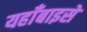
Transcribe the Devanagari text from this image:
यहाँबाइसे